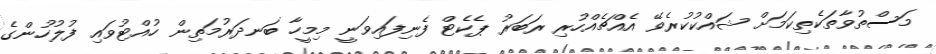
މަސްތުވާތަކެތިކަމަށް ޝައްކުކުރެވޭ އެއްޗެއްހުރި ރަބަރު ޕެކެޓް ފެނިފައިވަނީ މިމީހާ ބަނދަރުމަތިން ހުއްޓުވައި ފުލުހުންގެ